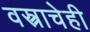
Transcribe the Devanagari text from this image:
वस्त्राचेही